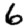
Digit: 6